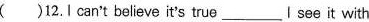
( )12.I can't believe it's true___I see it with